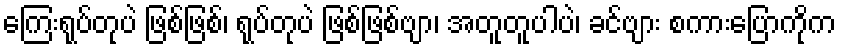
ကြေးရုပ်တုပဲ ဖြစ်ဖြစ်၊ ရုပ်တုပဲ ဖြစ်ဖြစ်ဗျာ၊ အတူတူပါပဲ၊ ခင်ဗျား စကားပြောကိုက